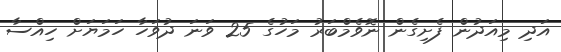
އަދި މިއަދުން ފެށިގެން ނޮވެމްބަރު މަހުގެ 25 ވަނަ ދުވަހާ ހަމަޔަށް ހިއްސާ